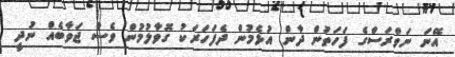
އޭނަ ނަވްރަސްގެ ފަހަތުން ދާން އުޅެމުން ދެފަހަރަކު ގޮވާލުމުން ވެސް ޖަވާބެއް ނުދީ